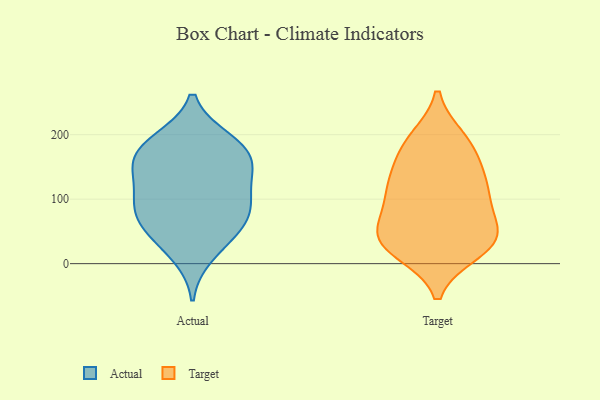
{"axis": {"x": "Population (Million)", "y": "Value"}, "legend": ["Actual", "Target"], "data": [{"x": "", "y": 191, "type": "Actual"}, {"x": "", "y": 48, "type": "Actual"}, {"x": "", "y": 146, "type": "Actual"}, {"x": "", "y": 170, "type": "Actual"}, {"x": "", "y": 175, "type": "Actual"}, {"x": "", "y": 143, "type": "Actual"}, {"x": "", "y": 91, "type": "Actual"}, {"x": "", "y": 149, "type": "Actual"}, {"x": "", "y": 192, "type": "Actual"}, {"x": "", "y": 110, "type": "Actual"}, {"x": "", "y": 83, "type": "Actual"}, {"x": "", "y": 47, "type": "Actual"}, {"x": "", "y": 93, "type": "Actual"}, {"x": "", "y": 67, "type": "Actual"}, {"x": "", "y": 13, "type": "Actual"}, {"x": "", "y": 102, "type": "Target"}, {"x": "", "y": 47, "type": "Target"}, {"x": "", "y": 37, "type": "Target"}, {"x": "", "y": 120, "type": "Target"}, {"x": "", "y": 68, "type": "Target"}, {"x": "", "y": 27, "type": "Target"}, {"x": "", "y": 181, "type": "Target"}, {"x": "", "y": 183, "type": "Target"}, {"x": "", "y": 36, "type": "Target"}, {"x": "", "y": 40, "type": "Target"}, {"x": "", "y": 143, "type": "Target"}, {"x": "", "y": 192, "type": "Target"}, {"x": "", "y": 20, "type": "Target"}, {"x": "", "y": 104, "type": "Target"}, {"x": "", "y": 124, "type": "Target"}]}